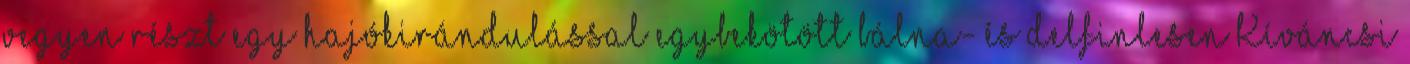
vegyen részt egy hajókirándulással egybekötött bálna- és delfinlesen Kíváncsi